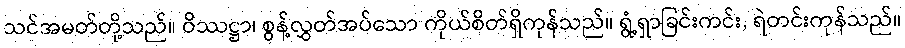
သင်အမတ်တို့သည်။ ဝိဿဋ္ဌာ၊ စွန့်လွှတ်အပ်သော ကိုယ်စိတ်ရှိကုန်သည်။ ရွံ့ရှာခြင်းကင်း, ရဲတင်းကုန်သည်။